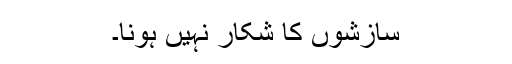
سازشوں کا شکار نہیں ہونا۔